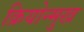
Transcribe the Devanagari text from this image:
क्रियोन्मुख